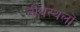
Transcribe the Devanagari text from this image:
तीथस्थलों